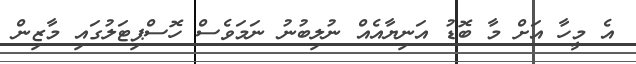
އެ މީހާ އަށް މާ ބޮޑު އަނިޔާއެއް ނުލިބުނު ނަމަވެސް ހޮސްޕިޓަލުގައި މާޒިން